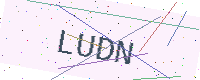
Text: LUDN